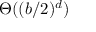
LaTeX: \Theta ( ( b / 2 ) ^ { d } )